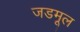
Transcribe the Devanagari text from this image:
जडमूल